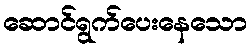
ဆောင်ရွက်ပေးနေသော